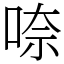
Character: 㖠